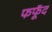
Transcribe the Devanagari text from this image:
फफूॅद